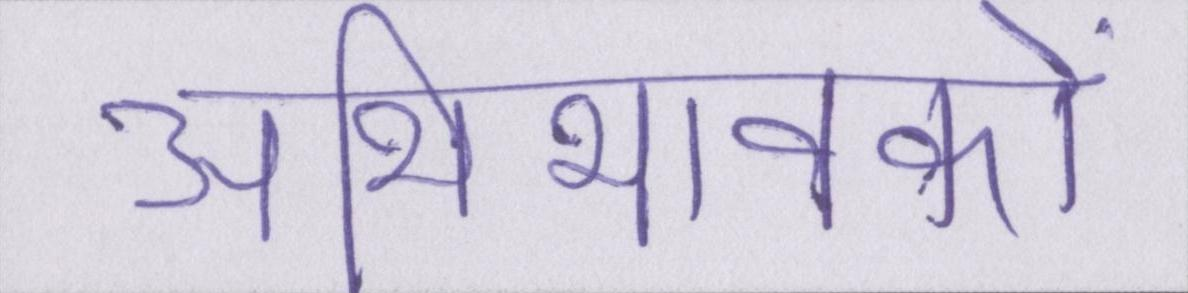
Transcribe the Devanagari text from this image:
अभिभावकों